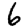
Digit: 6